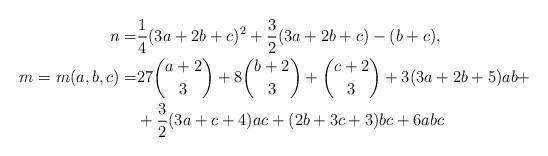
LaTeX: \begin{align*}n = & \frac{1}{4}(3a+2b+c)^2 + \frac{3}{2}(3a+2b+c) - (b+c), \\m=m(a,b,c) = & 27{{a+2}\choose{3}} + 8{{b+2}\choose{3}} + {{c+2}\choose{3}} + 3(3a+2b+5)ab + \\ & + \frac{3}{2}(3a+c+4)ac + (2b+3c+3)bc + 6abc\end{align*}